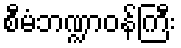
စီမံဘဏ္ဍာဝန်ကြီး